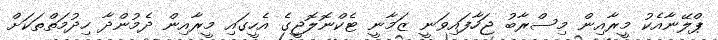
ޕްލޭނާއެކު މީރާއިން މިސްރާބު ޖަހާފައިވަނީ ޒަމާނީ ޓެކްނޮލޮޖީގެ އެހީގައި މީރާއިން ދެމުންދާ ހިދުމަތްތަކަށް